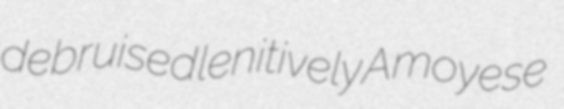
debruised lenitively Amoyese